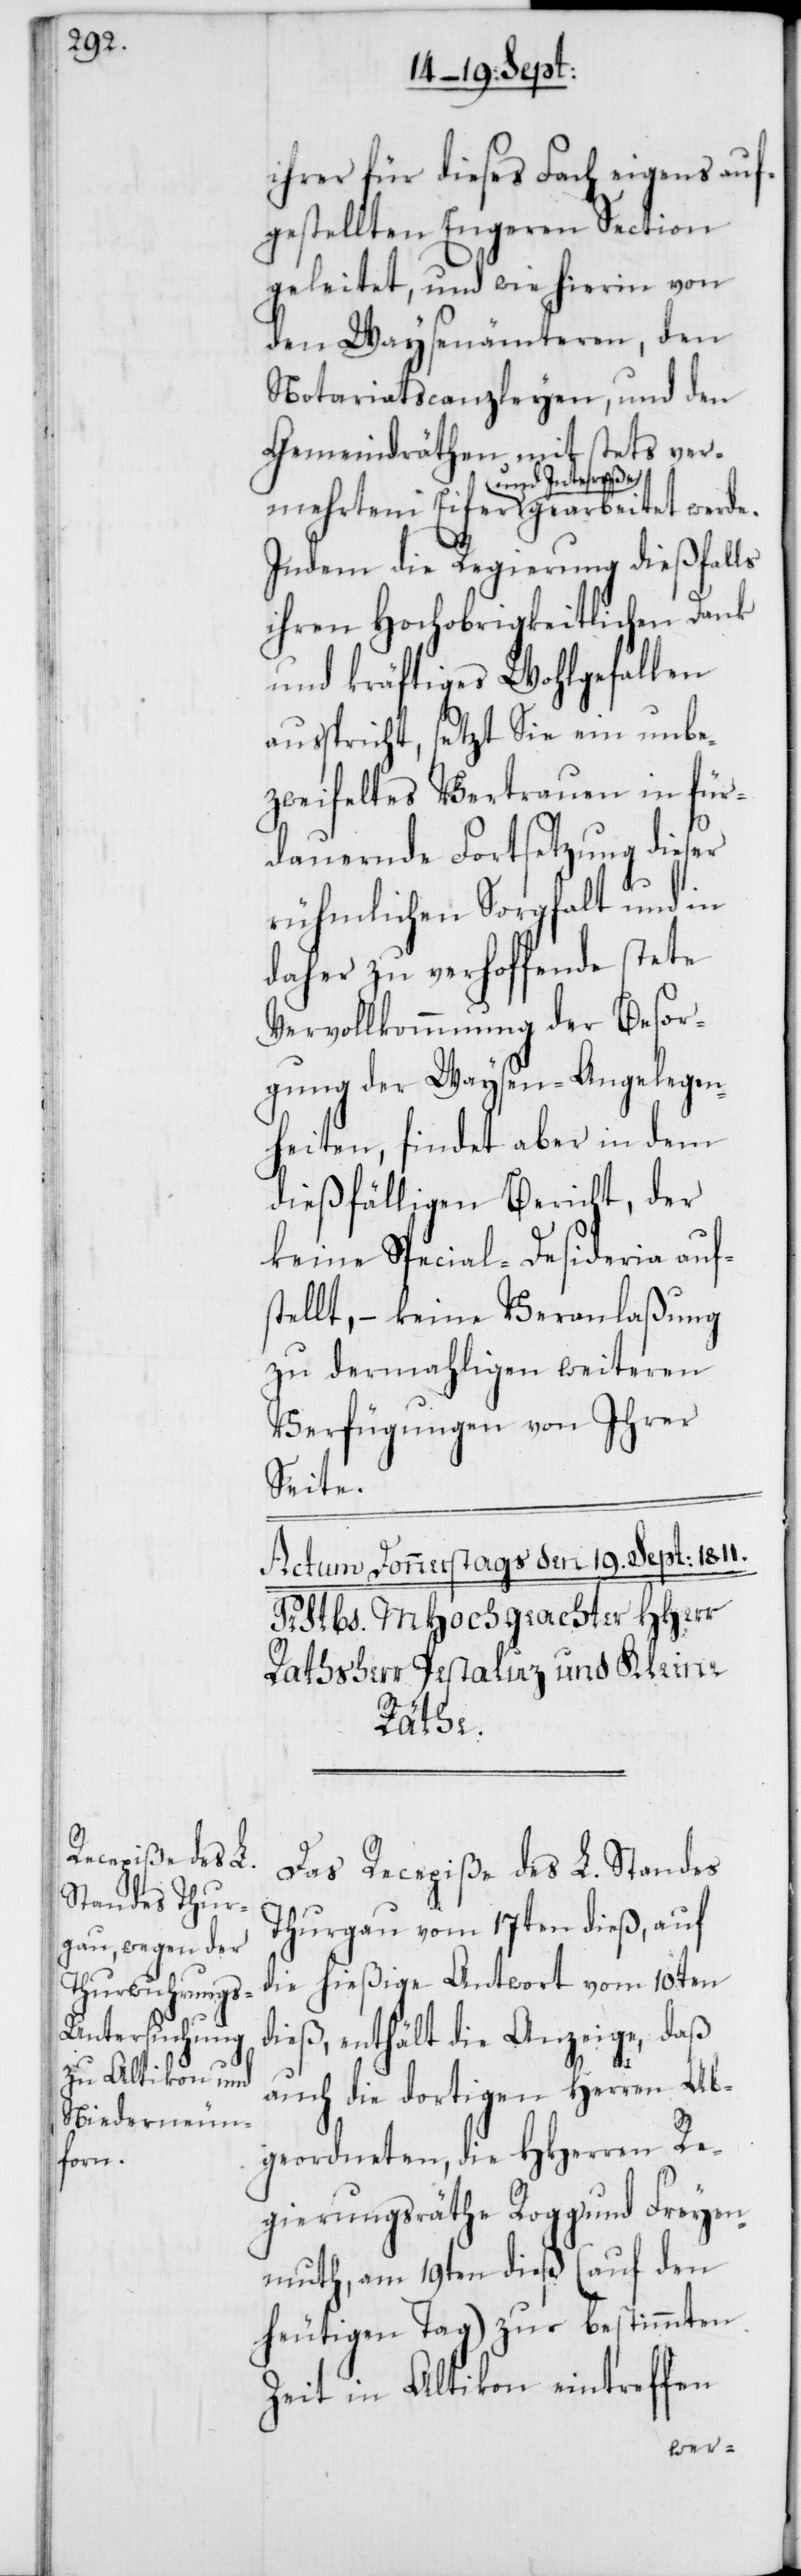
ihrer für dieses Fach eigens auf¬
gestellten engeren Section
geleitet, und wie hierin von
den Waysenämteren, den
Notariatscanzleyen, und den
Gemeindräthen, mit stets ver¬
und Intereße
Indem die Regierung dießfalls
ihren Hochobrigkeitlichen Dank
und kräftiges Wohlgefallen
ausspricht, setzt Sie ein unbe¬
zweifeltes Vertrauen in für¬
dauernde Fortsetzung dieser
rühmlichen Sorgfalt und in
daher zu verhoffende stete
Vervollkommnung der Besor¬
gung der Waysen-Angelegen¬
heiten, findet aber in dem
dießfälligen Bericht, der
keine Special-Desideria auf¬
stellt, – keine Veranlaßung
zu dermahligen weiteren
Verfügungen von Ihrer
Seite.
mehrtem
Das Recepiße des L. Standes
Thurgau vom 17ten dieß, auf
die hießige Antwort vom 10ten
dieß, enthält die Anzeige, daß
auch die dortigen Herren Ab¬
geordneten, die HHerren Re¬
gierungsräthe Rogg und Freyen¬
muth, am 19ten dieß (auf den
heutigen Tag) zur bestimmten
Zeit in Altikon eintreffen
werde.